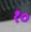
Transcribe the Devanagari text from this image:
१॰